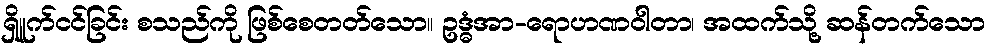
ရှိူက်ငင်ခြင်း စသည်ကို ဖြစ်စေတတ်သော။ ဥဒ္ဓံအာ-ရောဟဏဝါတာ၊ အထက်သို့ ဆန်တက်သော